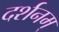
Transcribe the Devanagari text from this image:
दर्शनम्‌